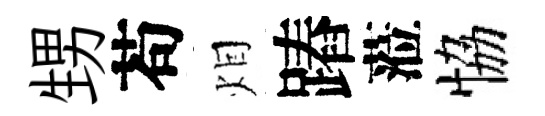
甥苟𤇆蹖蒞恊